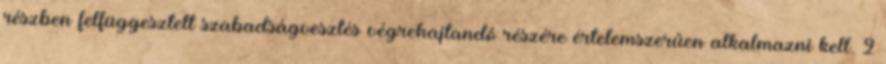
részben felfüggesztett szabadságvesztés végrehajtandó részére értelemszerűen alkalmazni kell. 2